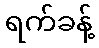
ရက်ခန့်